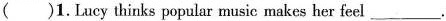
( )1.Lucy thinks popular music makes her feel ___ .